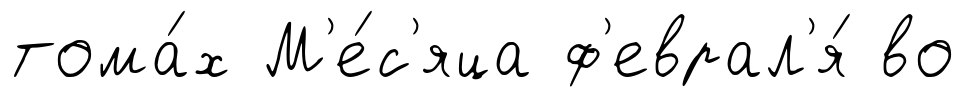
тома́х М'е́с'яца ф'еврал'я́ во